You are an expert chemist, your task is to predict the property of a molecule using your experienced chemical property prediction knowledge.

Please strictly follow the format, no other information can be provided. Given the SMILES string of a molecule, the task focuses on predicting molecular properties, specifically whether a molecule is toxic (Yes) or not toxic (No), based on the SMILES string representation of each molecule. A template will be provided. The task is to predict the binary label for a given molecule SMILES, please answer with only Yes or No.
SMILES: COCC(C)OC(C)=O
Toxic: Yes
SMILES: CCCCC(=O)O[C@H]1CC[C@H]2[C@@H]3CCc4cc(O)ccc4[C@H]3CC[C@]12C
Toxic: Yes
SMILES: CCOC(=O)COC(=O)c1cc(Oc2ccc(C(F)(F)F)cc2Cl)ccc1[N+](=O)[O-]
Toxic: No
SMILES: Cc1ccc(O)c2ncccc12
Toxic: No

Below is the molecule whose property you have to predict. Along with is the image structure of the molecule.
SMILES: CC(=O)OCC(=O)[C@H]1CC[C@H]2[C@@H]3CCC4=CC(=O)CC[C@]4(C)[C@H]3CC[C@]12C
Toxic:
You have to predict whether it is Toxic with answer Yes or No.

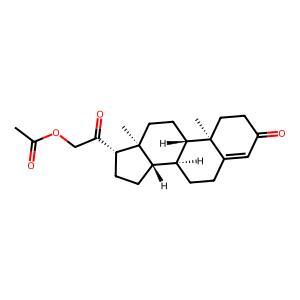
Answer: Yes